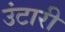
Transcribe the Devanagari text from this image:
उंटारी